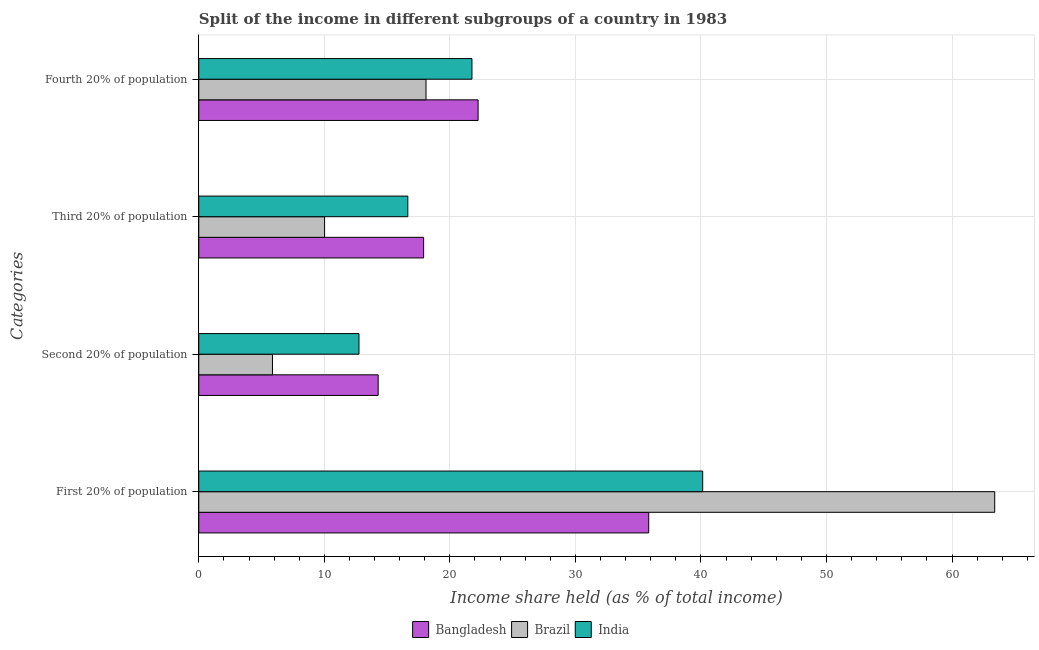
| Categories | Bangladesh | Brazil | India |
 | --- | --- | --- | --- |
 | First 20% of population | 35.8 | 63.4 | 40.1 |
 | Second 20% of population | 14.3 | 5.87 | 12.8 |
 | Third 20% of population | 17.9 | 10 | 16.6 |
 | Fourth 20% of population | 22.2 | 18.1 | 21.8 |